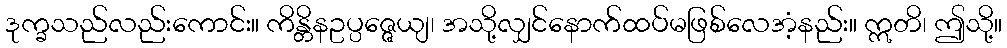
ဒုက္ခသည်လည်းကောင်း။ ကိန္တိနဥပ္ပဇ္ဇေယျ၊ အသို့လျှင်နောက်ထပ်မဖြစ်လေအံ့နည်း။ ဣတိ၊ ဤသို့။